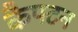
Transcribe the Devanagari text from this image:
कैपटन